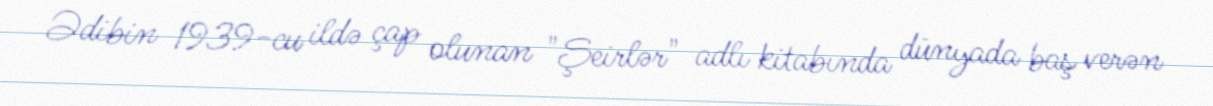
Ədibin 1939-cu ildə çap olunan "Şeirlər" adlı kitabında dünyada baş verən